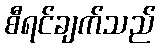
စီရင်ချက်သည်